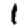
Digit: 1